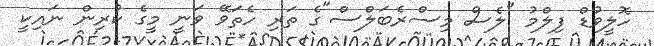
ހޮލީވުޑް ފިލްމު "ލެސް މިސްރެބަލްސް"ގެ ތަރި ހެތަވޭ ވަނީ މީގެ ކުރިން ނައިކީ